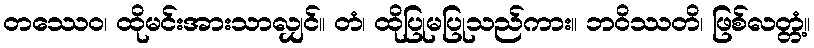
တဿေဝ၊ ထိုမင်းအားသာလျှင်။ တံ၊ ထိုပြုမပြုသည်ကား။ ဘဝိဿတိ၊ ဖြစ်လတ္တံ့။